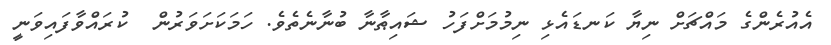
އެއުރެންގެ މައްޗަށް ނިޔާ ކަނޑައެޅި ނިމުމަށްފަހު ޝައިޠާނާ ބުނާނެތެވެ. ހަމަކަށަވަރުން  ކުރައްވާފައިވަނީ